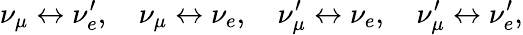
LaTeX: \nu_{\mu}\leftrightarrow\nu_{e}^{\prime},\quad\nu_{\mu}\leftrightarrow\nu_{e},\quad\nu_{\mu}^{\prime}\leftrightarrow\nu_{e},\quad\nu_{\mu}^{\prime}\leftrightarrow\nu_{e}^{\prime},